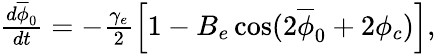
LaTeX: \begin{array}{r}{\frac{d\overline{{\phi}}_{0}}{dt}=-\frac{\gamma_{e}}{2}\left[1-B_{e}\cos(2\overline{{\phi}}_{0}+2\phi_{c})\right],}\end{array}